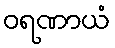
ဝရဏာယံ